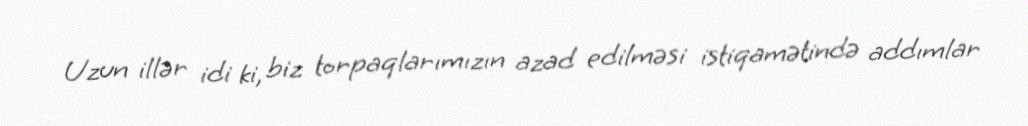
Uzun illər idi ki, biz torpaqlarımızın azad edilməsi istiqamətində addımlar